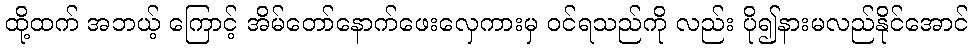
ထို့ထက် အဘယ့် ကြောင့် အိမ်တော်နောက်ဖေးလှေကားမှ ဝင်ရသည်ကို လည်း ပို၍နားမလည်နိုင်အောင်